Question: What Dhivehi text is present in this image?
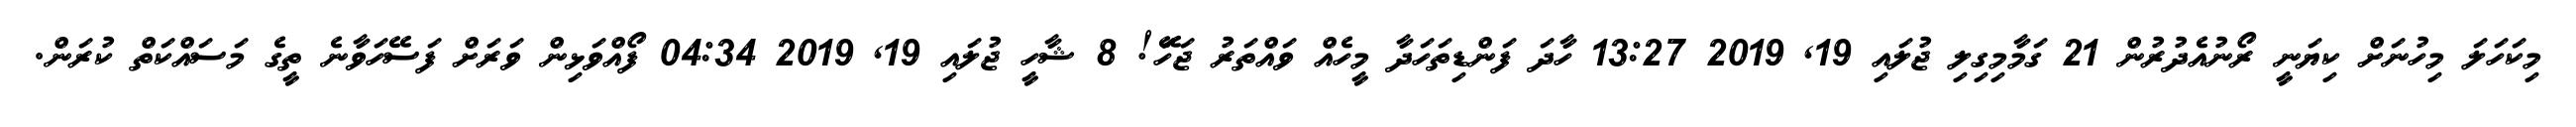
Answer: މިކަހަލަ މިހުނަށް ކިޔަނީ ރޯނުއެދުރުން 21 ގަމާމިގިލި ޖުލައި 19, 2019 13:27 ހާދަ ފަންޑިތަހަދާ މީހެއް ވައްތަރު ޖަހަަޭ! 8 ޝާހީ ޖުލައި 19, 2019 04:34 ފޯއްވަޅިން ވަރަށް ފަސޭހަވާނެ ތީގެ މަސައްކަތް ކުރަން.